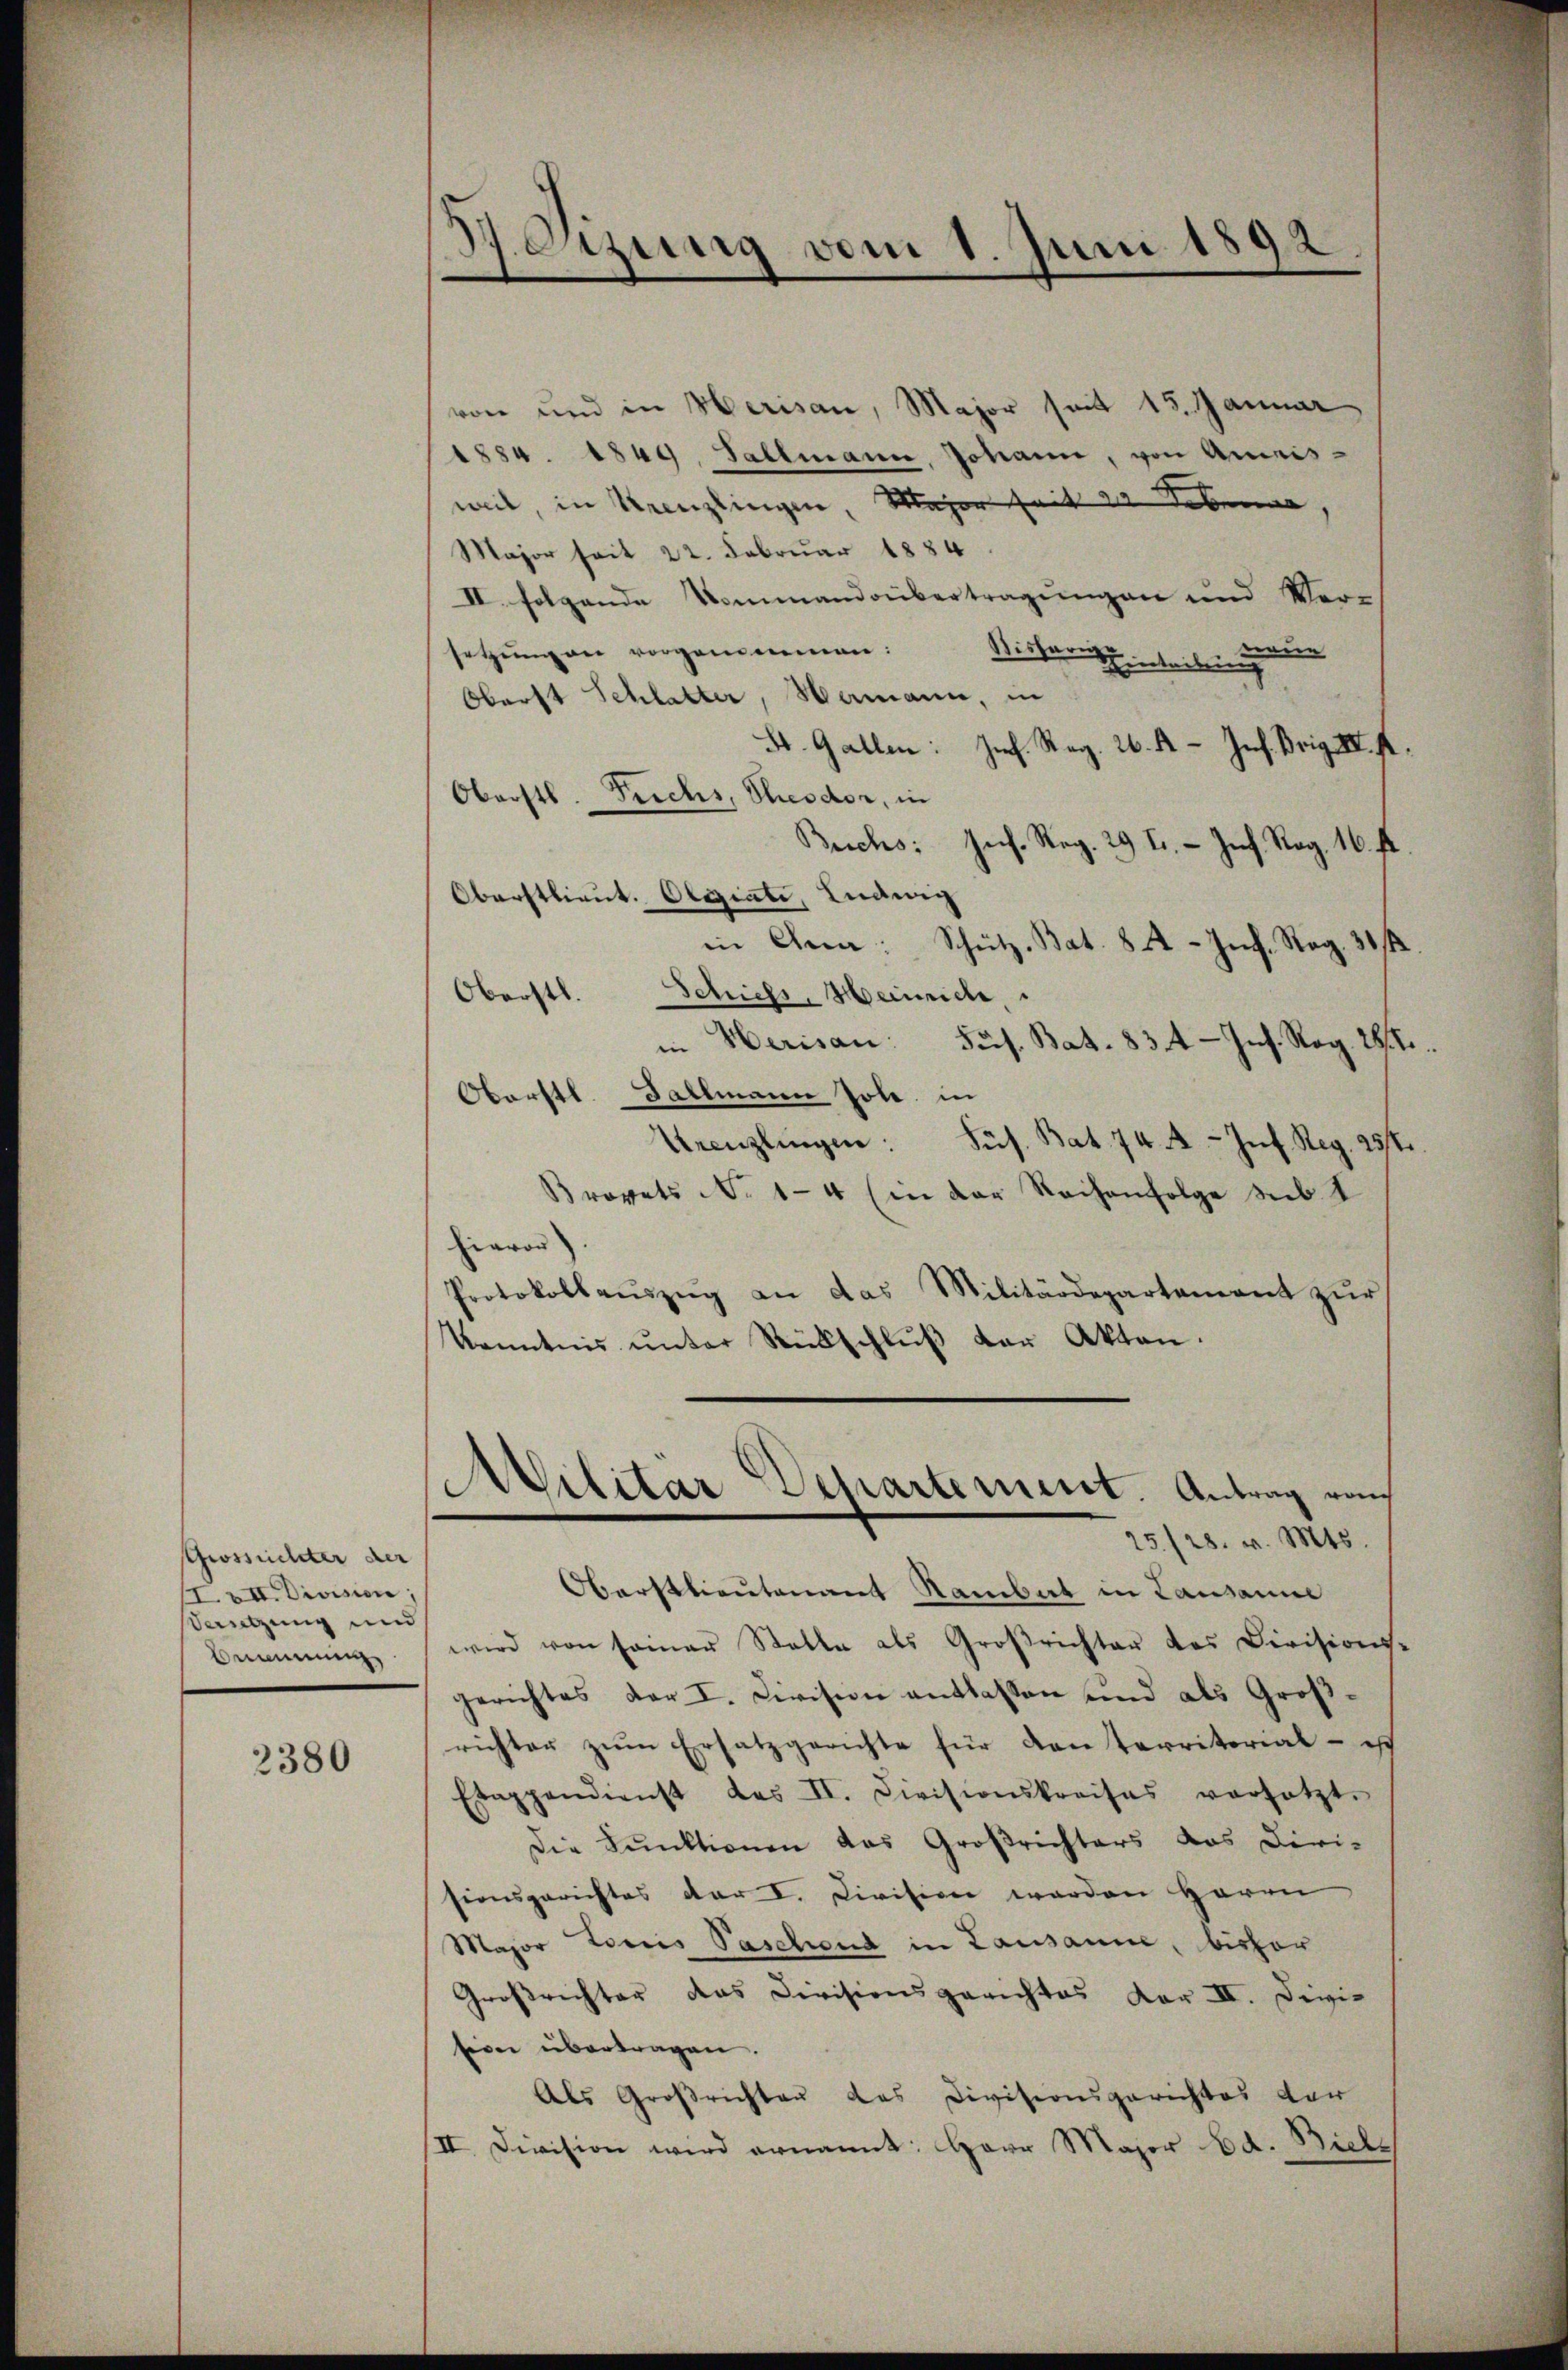
Grossüchter der
IVII. Division;
Satzung und
Bemnung

2380

Beizung vom 1. Juni 1892.

von und in Herisau, Major seit 15. Januar
1884. 1849, Fallmann, Johann, von Ameisweil, in Krenzlingen, Major seit 22 Leben,
Major seit 22. Februar 1884
II. folgende Nommandobertragungen und Ver-
meie
setzung an vorgenommen:
Wisharenteilung
Oberst Schlatter, Hamann, in
St. Gallen: Joh. Reg. 26. A. - Jes. Brig IV. K.
Oberstl. Puches, Theodor, in
Buchs: Joh. Reg. 29 t. - Inf. Rog. 16. fl
Oberstlieut. Olegiate, Ludwig
in Ana: Schütz-Bat. 82 - Inf. Reg. 31.
Oberstl. Schiefs, Heinrich
in Herisau: Sus. Bat. 834 - Ins. Rog. 28. 7.
Oberstl. Fallmann Joh. in
Urenzlingen: Sus. Bat. 74. A-Inf. Reg. 25fr.
Brevets No 1-4 (in der Reihenfolge sub I
hievor).
Protokollaŭszŭg an das Militärdepartement zur
Kenntnis ŭnter Rückschlŭβ der Akten.
25/28. v. Mts.
Oberstlieutenant Hamber in Lausanne
wird von seiner Stalle als Großrichter des Divisionsgerichtes der I. Division entlassen und als Großrichter zŭm Ersatzgerichte für danterritorial - ist
Etappendienst des II. Civisionskreises versetzt.
Die Funktionen das Großrichters das Diri-
sionsgerichtes der I. Division werden Herrn
Major Loris Paschend in Lausanne, bisher
Großrichter das Divisionsgerichtes vor II. Divis
siden übertragen.
Als Großrichten des Divisionsgerichtes der
/II. Division wird ernannt: Herr Major Ed. Biche

Militar Departement. Antrag rach